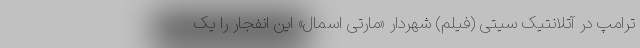
ترامپ در آتلانتیک سیتی (فیلم) شهردار «مارتی اسمال» این انفجار را یک